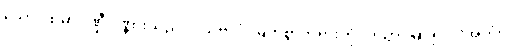
သော၊ ထိုမာဂဏ္ဍီပုဏ္ဏားသည်။ ဒသဗလံ၊ မြတ်စွာဘုရားကို။ ဒိသွာ၊ မြင်၍။ “အဟံ၊